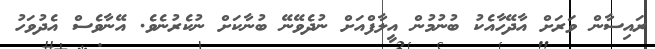
ރައިސާން ވަރަށް އާދޭހާއެކު ބުނުމުން އީލާފްއަށް ނުދެވޭނޭ ބުނާކަށް ނުކެރުނެވެ. އޭނާވެސް އެދުވަހު